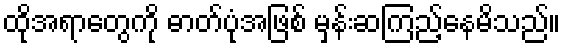
ထိုအရာတွေကို ဓာတ်ပုံအဖြစ် မှန်းဆကြည့်နေမိသည်။